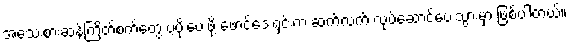
အသေးစားဆန်ကြိတ်စက်တွေ ပံ့ပိုးပေးဖို့ ဖောင်ဒေးရှင်းက ဆက်လက် လုပ်ဆောင်ပေးသွားမှာ ဖြစ်ပါတယ်။